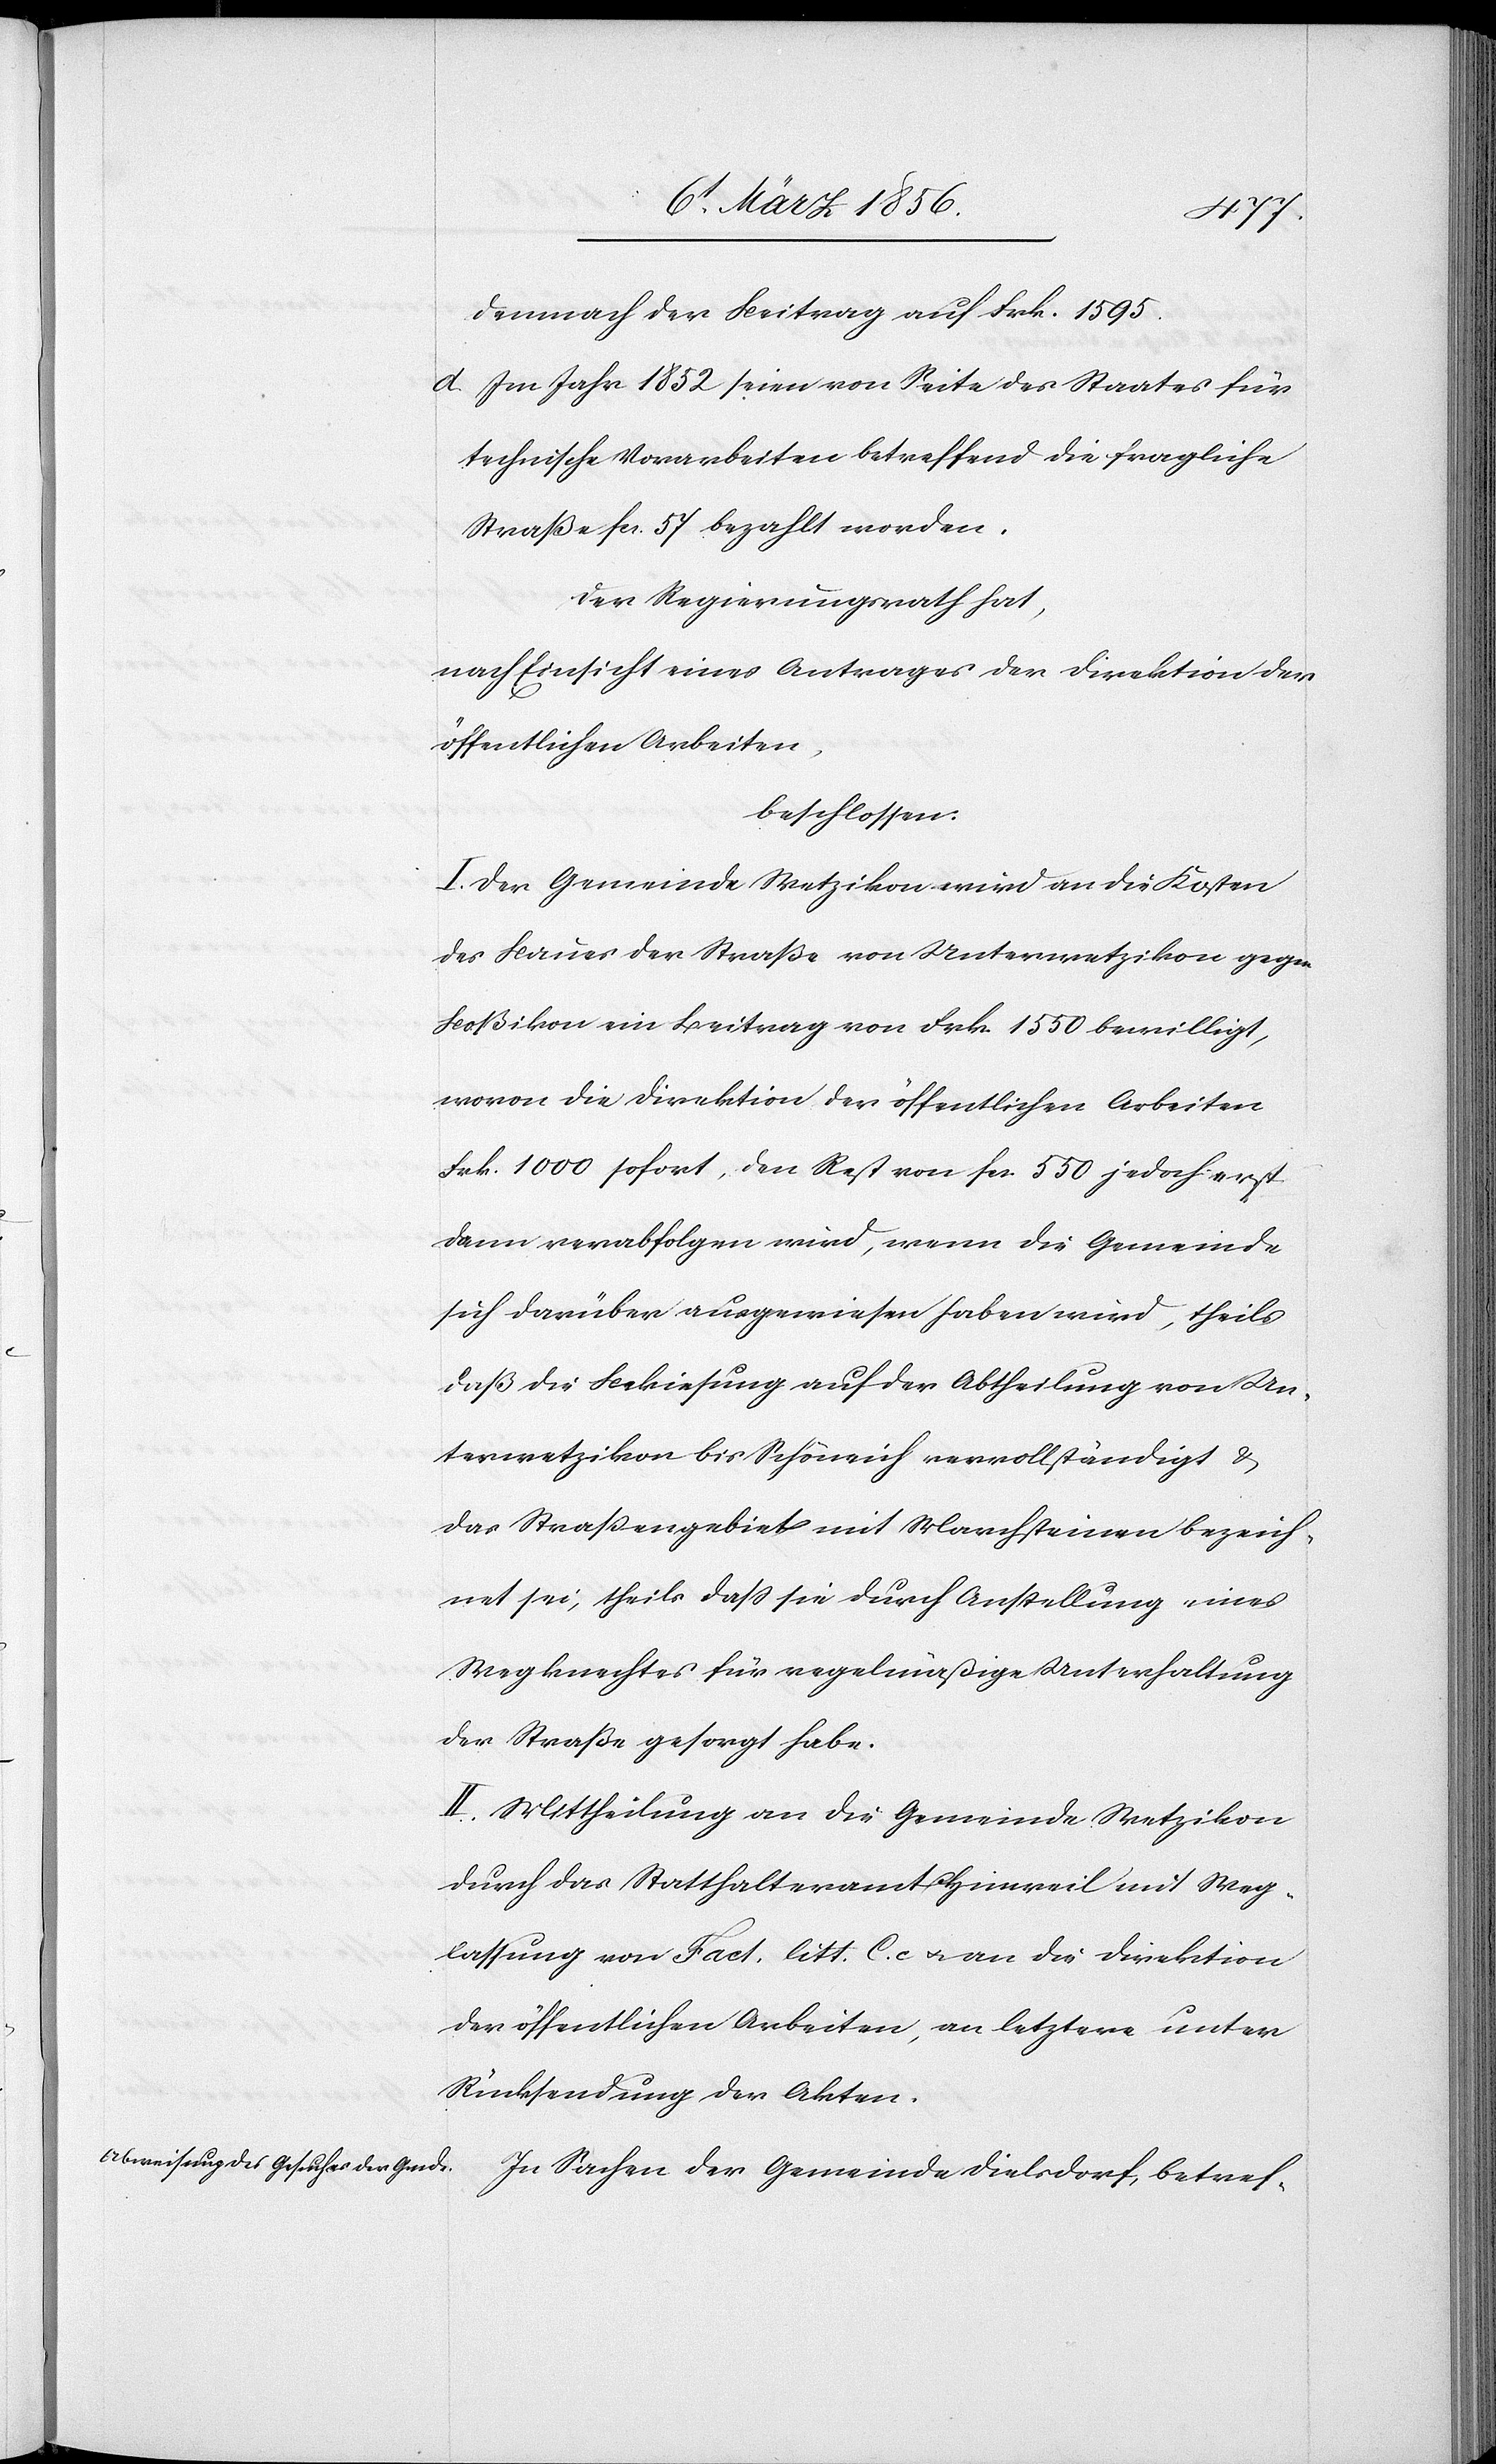
demnach der Beitrag auf Frk. 1595.
d. Im Jahr 1852 seien von Seite des Staates für
technische Vorarbeiten betreffend die fragliche
Straße fcs. 57 bezahlt worden.
Der Regierungsrath hat,
nach Einsicht eines Antrages der Direktion der
öffentlichen Arbeiten,
beschlossen:
I. Der Gemeinde Wetzikon wird an die Kosten
des Baues der Straße von Unterwetzikon gegen
Boßikon ein Beitrag von Frk. 1550 bewilligt,
wovon die Direktion der öffentlichen Arbeiten
Frk. 1000 sofort, den Rest von fcs. 550 jedoch erst
dann verabfolgen wird, wenn die Gemeinde
sich darüber ausgewiesen haben wird, theils
daß die Bekiesung auf der Abtheilung von Un¬
terwetzikon bis Schöneich vervollständigt &
das Straßengebiet mit Marchsteinen bezeich¬
net sei, theils daß sie durch Anstellung eines
Wegknechtes für regelmäßige Unterhaltung
der Straße gesorgt habe.
II. Mittheilung an die Gemeinde Wetzikon
durch das Statthalteramt Hinweil mit Weg¬
lassung von Fact. litt. C. c u. an die Direktion
der öffentlichen Arbeiten, an letztere unter
Rücksendung der Akten.
In Sachen der Gemeinde Dielsdorf, betref-